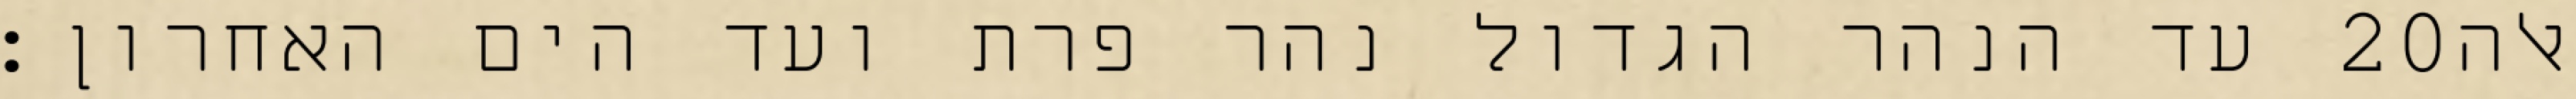
עד הנהר הגדול נהר פרת ועד הים האחרון׃ ‎20‏ אלה